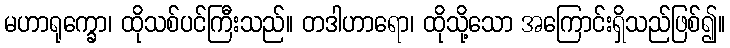
မဟာရုက္ခော၊ ထိုသစ်ပင်ကြီးသည်။ တဒါဟာရော၊ ထိုသို့သော အကြောင်းရှိသည်ဖြစ်၍။